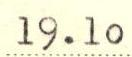
19.10